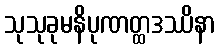
သုသုခုမနိပုဏတ္ထဒဿိနာ